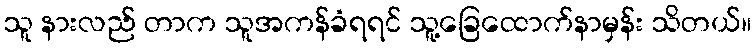
သူ နားလည် တာက သူအကန်ခံရရင် သူ့ခြေထောက်နာမှန်း သိတယ်။